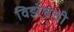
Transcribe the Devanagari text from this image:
विझेचची